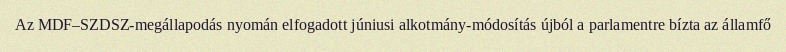
Az MDF–SZDSZ-megállapodás nyomán elfogadott júniusi alkotmány-módosítás újból a parlamentre bízta az államfő